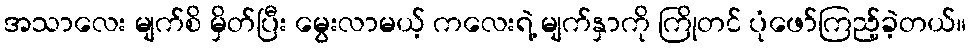
အသာလေး မျက်စိ မှိတ်ပြီး မွေးလာမယ့် ကလေးရဲ့ မျက်နှာကို ကြိုတင် ပုံဖော်ကြည့်ခဲ့တယ်။